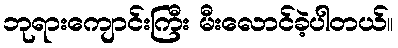
ဘုရားကျောင်းကြီး မီးလောင်ခဲ့ပါတယ်။